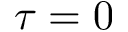
\tau = 0